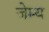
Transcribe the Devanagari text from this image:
जेम्य